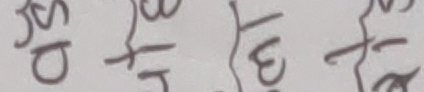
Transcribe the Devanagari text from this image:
सुद १/ट √३ १/६